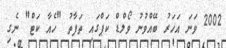
2002 ވަނަ އަހަރު ބޭއްވުނު ވޯލްޑް ކަޕްގައި ތަފާތު "ހެއާ ކަޓް" ނެގި